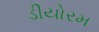
ડીયોરમ